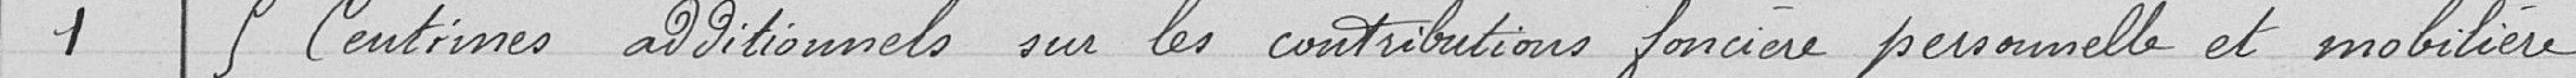
1 - 9 centimes additionnels sur les contributions foncière personnelle et mobilière